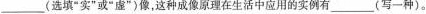
___(选填”实”或”虚”)像，这种成像原理在生活中应用的实例有_____(写一种)。